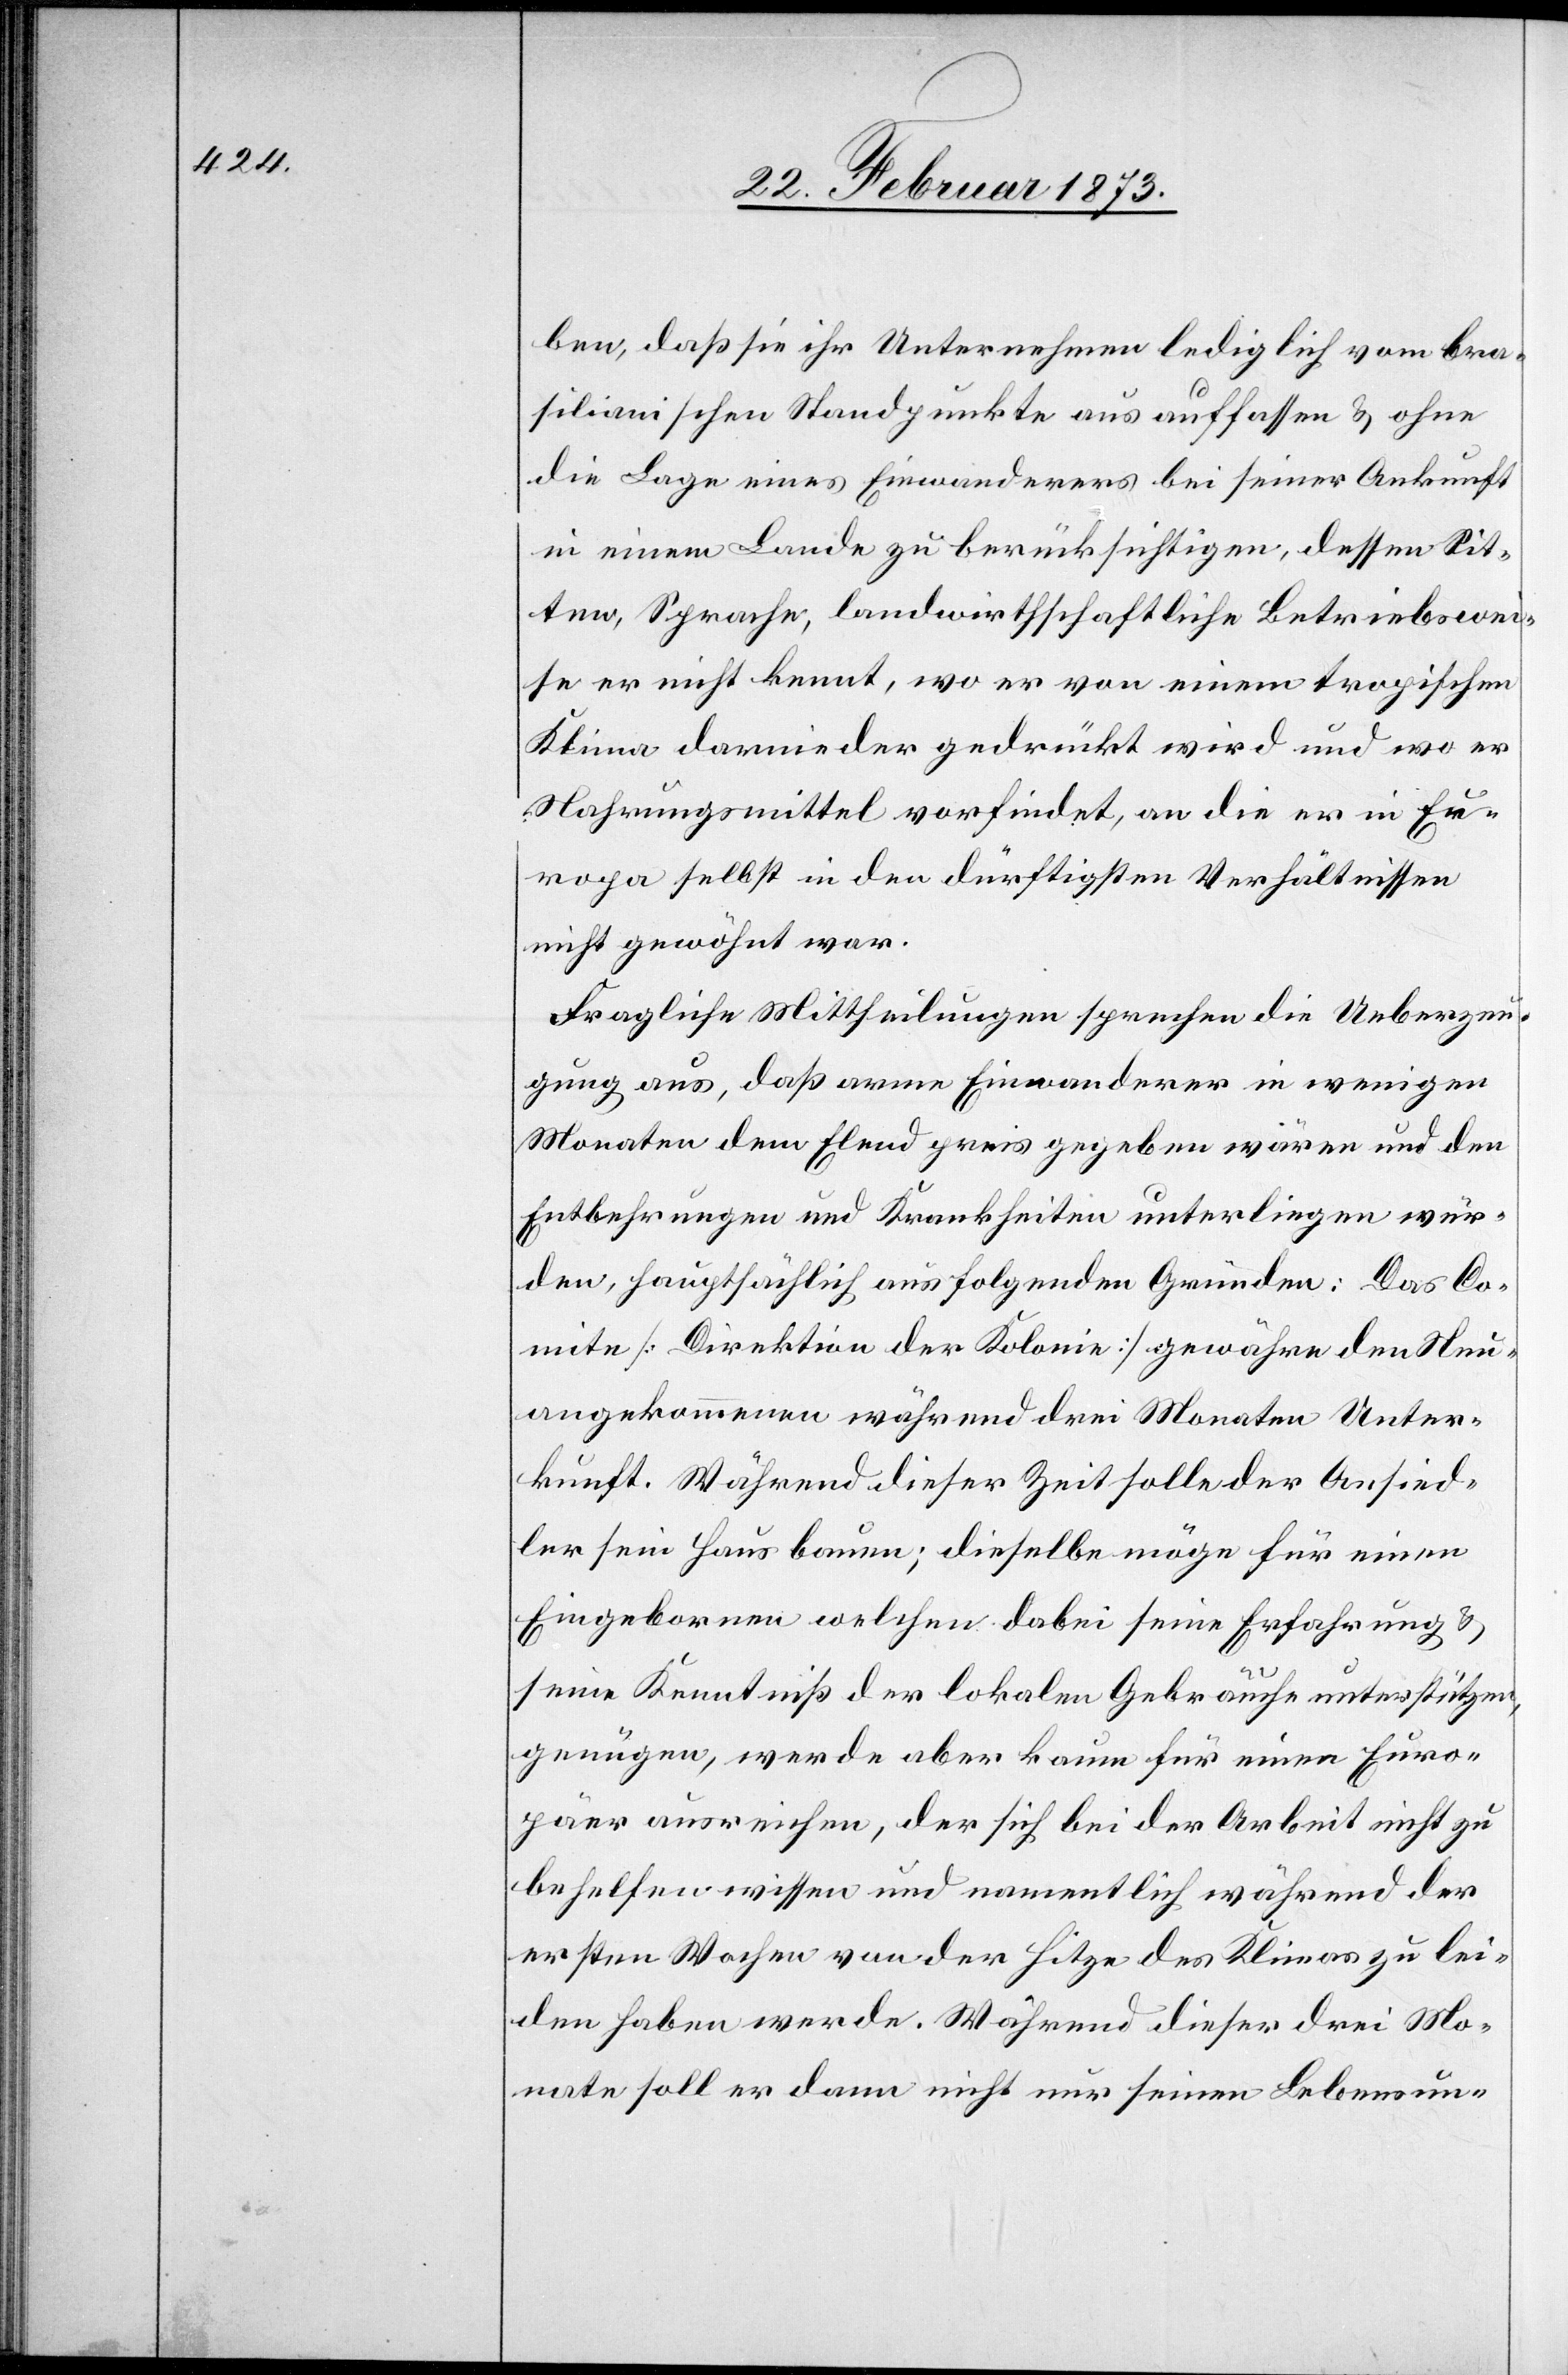
ben, daß sie ihr Unternehmen lediglich vom bra¬
silianischen Standpunkte aus auffassen u. ohne
die Lage eines Einwanderers bei seiner Ankunft
in einem Lande zu berücksichtigen, dessen Sit¬
ten, Sprache, landwirthschaftliche Betriebswei¬
se er nicht kennt, wo er von einem tragischen
Klima darnieder gedrückt wird und wo er
Nahrungsmittel vorfindet, an die er in Eu¬
ropa selbst in den dürftigsten Verhältnissen
nicht gewöhnt war.
Fragliche Mittheilungen sprechen die Ueberzeu¬
gung aus, daß arme Einwanderer in wenigen
Monaten dem Elend preis gegeben wären und den
Entbehrungen und Krankheiten unterliegen wür¬
den, hauptsächlich aus folgenden Gründen: Das Co¬
mite [Direktion der Kolonie] gewähre den Neu¬
angekommenen während drei Monaten Unter¬
kunft. Während dieser Zeit solle der Ansied¬
ler sein Haus bauen; dieselbe möge für einen
Eingebornen[,] welchen dabei seine Erfahrung u.
seine Kenntniß der lokalen Gebräuche unterstützen,
genügen, werde aber kaum für einen Euro¬
päer ausreichen, der sich bei der Arbeit nicht zu
behelfen wissen und namentlich während der
ersten Wochen von der Hitze des Klimas zu lei¬
den haben werde. Während dieser drei Mo¬
nate soll er denn nicht nur seinen Lebensun-